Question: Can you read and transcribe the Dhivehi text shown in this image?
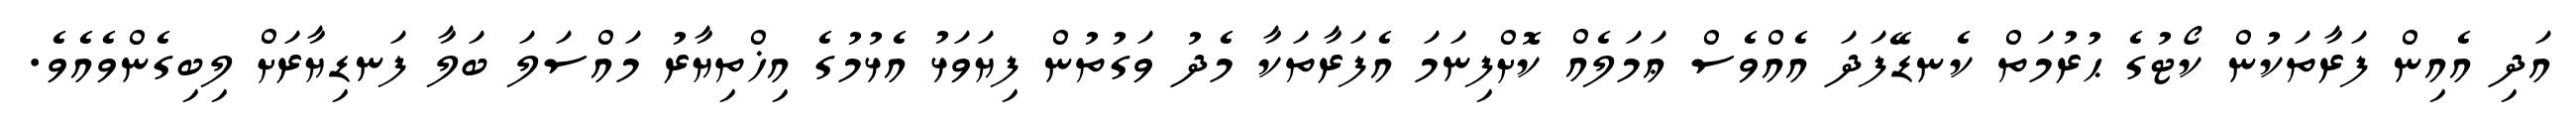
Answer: އަދި އެއިން ފަރާތަކުން ކޯޓުގެ ޙުރުމަތް ކެނޑޭފަދަ އެއްވެސް ޢަމަލެއް ކޮށްފިނަމަ އެފަރާތަކާ މެދު ވަގުތުން ފިޔަވަޅު އެޅުމުގެ އިޚްތިޔާރު މައްސަލަ ބަލާ ފަނޑިޔާރަށް ލިބިގެންވެއެވެ.